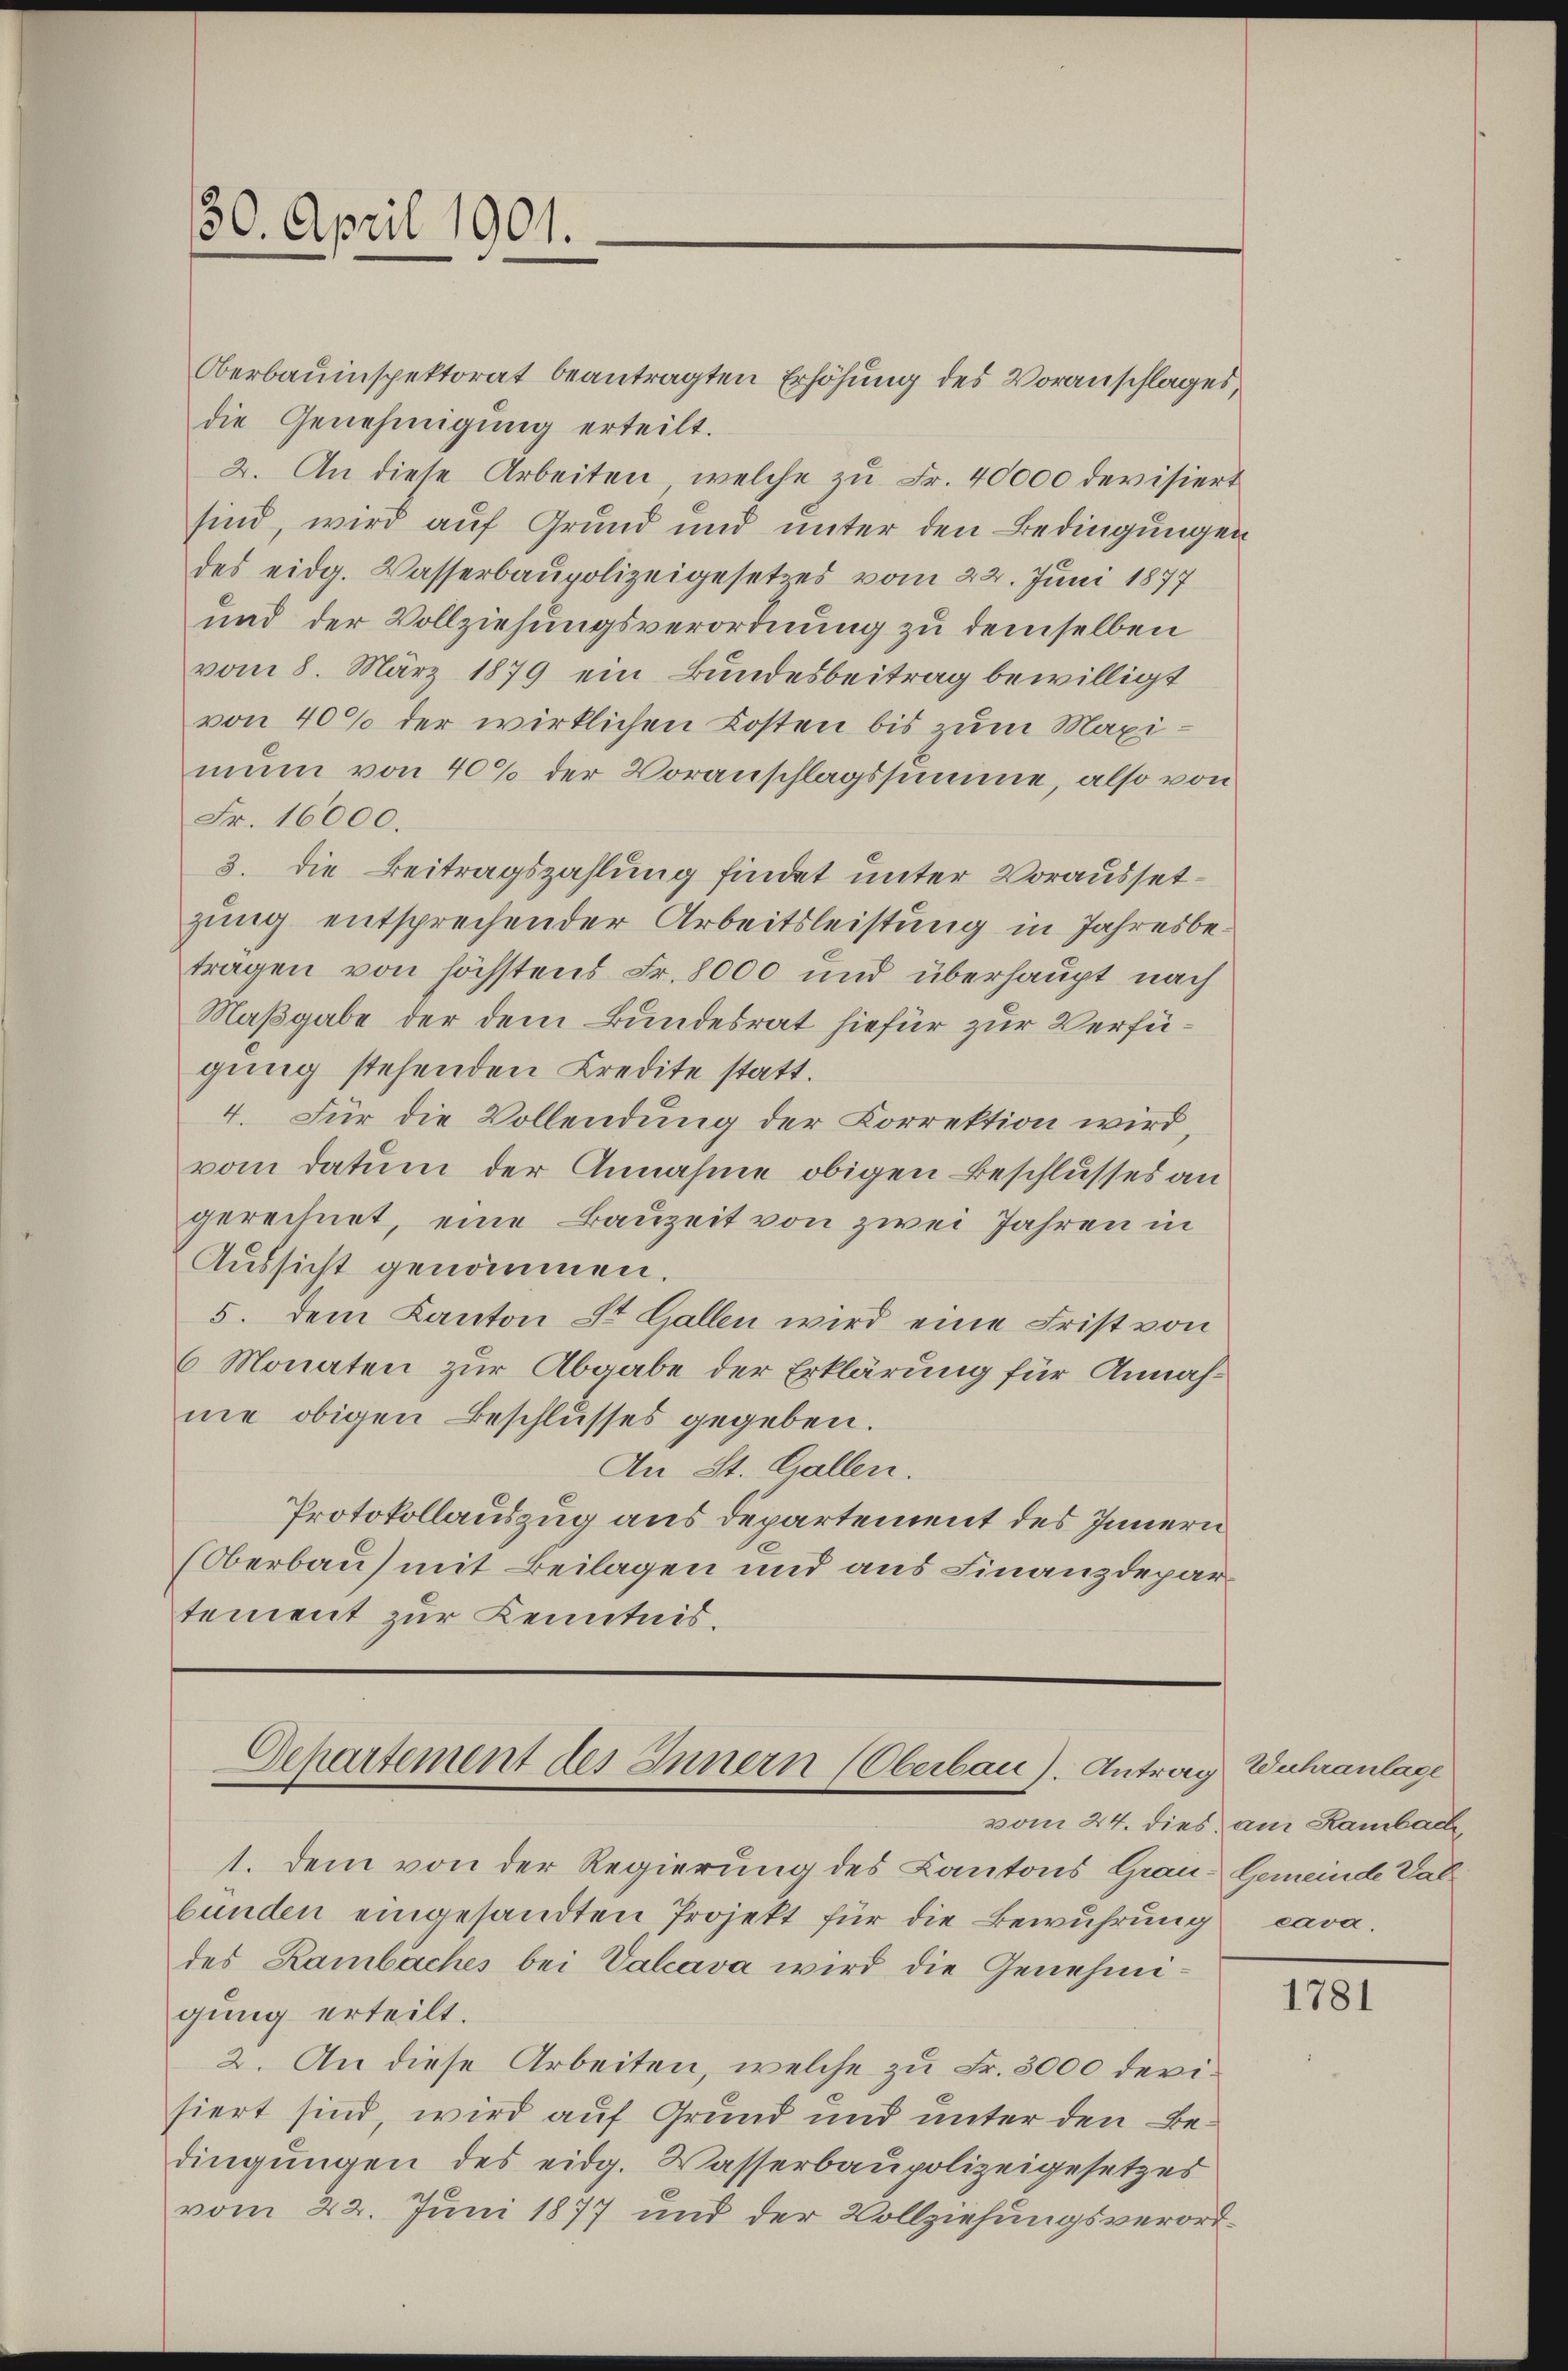
30. April 1901.

Oberbauinspektorat beantragten Erhöhung des Voranschlages,
die Genehmigung erteilt.
2. An diese Arbeiten, welche zu Fr. 40000 devisiert
sind, wird auf Grund und unter den Bedingungen
des eidg. Wasserbaupolizeigesetzes vom 22. Juni 1877
und der Vollziehungsverordnung zu demselben
vom 8. März 1879 ein Bundesbeitrag bewilligt
von 40% der wirklichen Kosten bis zum Maximum von 40% der Voranschlagssumme, also von
Fr. 16000.
3. die Beitragszahlung findet unter Voraussetzung entsprechender Arbeitsleistung in Jahresbetragen von höchstens Fr. 8000 und überhaupt nach
Maßgabe der dem Bundesrat hiefür zur Verfügung stehenden Credite statt.
4. Für die Vollendung der Korrektion wird
vom datum der Annahme obigen Beschlusses an
gerechnet, eine Bauzeit von zwei Jahren in
Aussicht genommen.
5. dem Kanton St. Gallen wird eine Frist von
6 Monaten zur Abgabe der Erklärung für Annahnie obigen Beschlusses gegeben.
An St. Gallen.
Protokollauszug aus Departement des Innern
Oberbau mit Beilagen und aus Finanzdepartement zur Kenntnis.

Departement des Innern (Oberbau). Antrag, Wuhranlage

1. Dem von der Regierung des Kantons Grau, Gemeinde Val
bunden eingesandten Projekt für die Bewuhrung
des Rambaches bei Valcava wird die Genehmigung erteilt.
2. An diese Arbeiten, welche zu Fr. 3000 devisiert sind, wird auf Grund und unter den Bedingungen des eidg. Wasserbaupolizeigesetzes
vom 22. Juni 1877 und der Vollziehungsverort¬

vom 24. dies am Kambach,

cava.

1781